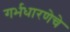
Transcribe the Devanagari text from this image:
गर्भधारणेचे